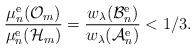
LaTeX: \begin{align*} \frac{\mu_n^{\rm e}({\mathcal O}_m)}{\mu_n^{\rm e}({\mathcal H}_m) } = \frac{w_\lambda({\mathcal B}_n^{\rm e})}{w_\lambda({\mathcal A}_n^{\rm e})} < 1/3.\end{align*}